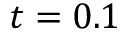
t = 0 . 1